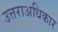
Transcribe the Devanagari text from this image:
उत्तराअधिकार